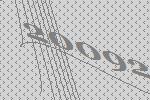
20092